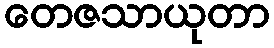
တေဇသာယုတာ